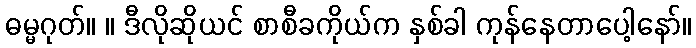
ဓမ္မဂုတ်။ ။ ဒီလိုဆိုယင် စာစီခကိုယ်က နှစ်ခါ ကုန်နေတာပေါ့နော်။